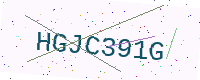
Text: HGJC391G